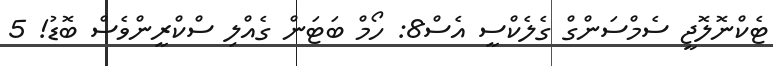
ޓެކްނޮލޮޖީ ސެމްސަންގް ގެލެކްސީ އެސް8: ހޯމް ބަޓަން ގެއްލި ސްކްރީންވެސް ބޮޑު! 5